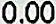
0.00